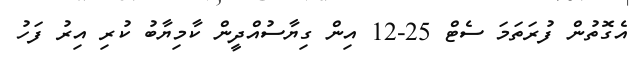
އެގޮތުން ފުރަތަމަ ސެޓް 25-12 އިން ގިޔާސުއްދީން ކާމިޔާބު ކުރި އިރު ފަހު